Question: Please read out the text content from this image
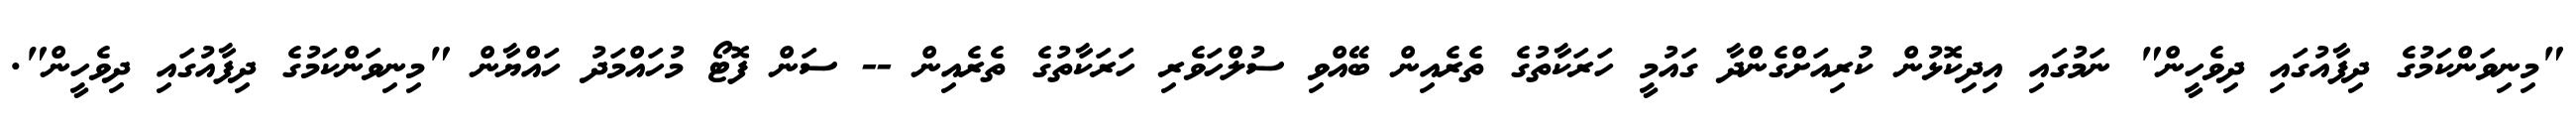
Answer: "މިނިވަންކަމުގެ ދިފާއުގައި ދިވެހީން" ނަމުގައި އިދިކޮޅުން ކުރިއަށްގެންދާ ގައުމީ ހަރަކާތުގެ ތެރެއިން ބޭއްވި ސުލްހަވެރި ހަރަކާތުގެ ތެރެއިން -- ސަން ފޮޓޯ މުހައްމަދު ހައްޔާން "މިނިވަންކަމުގެ ދިފާއުގައި ދިވެހީން".